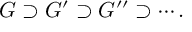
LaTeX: G \supset G ^ { \prime } \supset G ^ { \prime \prime } \supset \cdots .